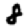
Digit: 8